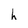
Character: h